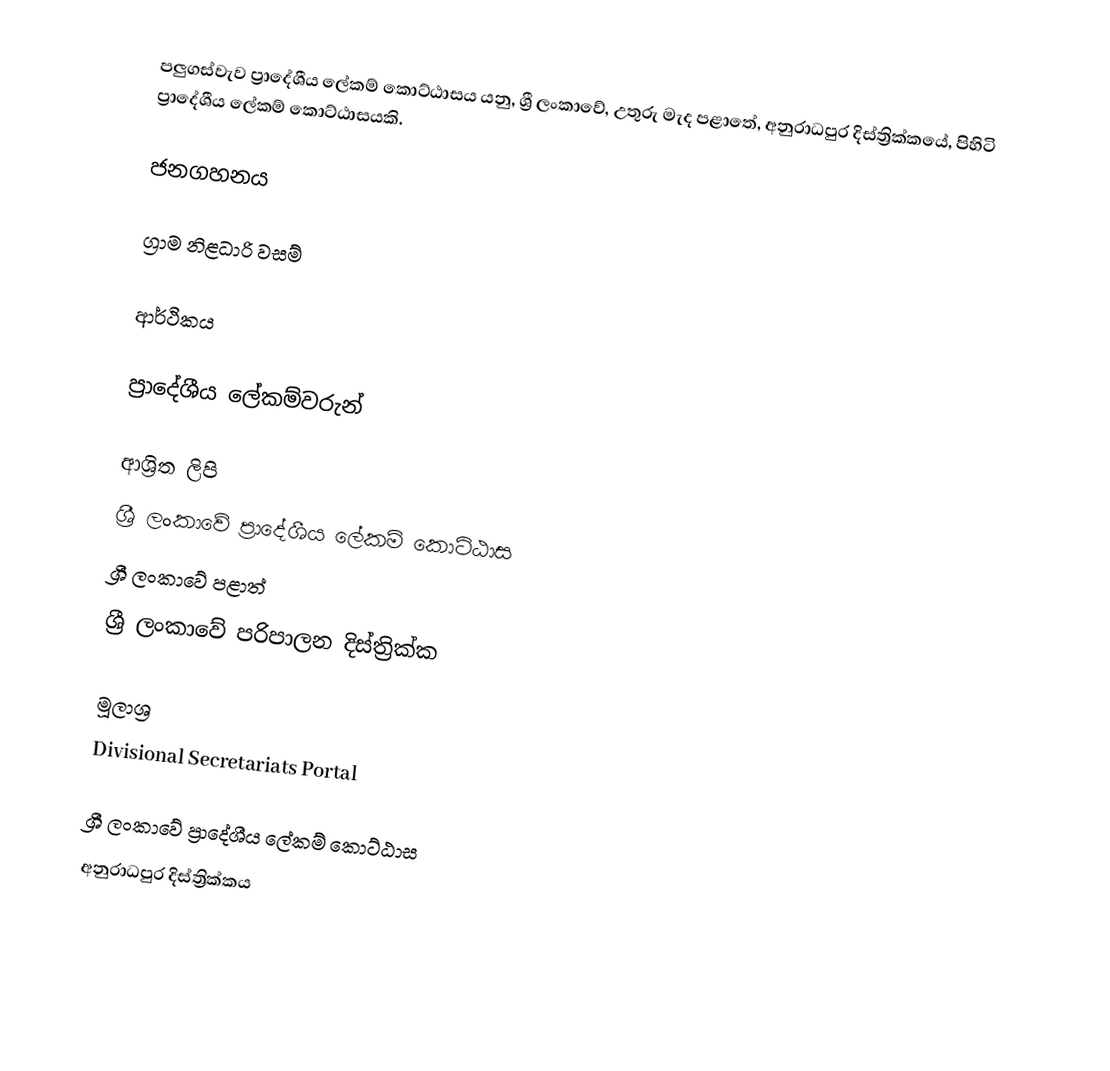
පලුගස්වැව ප්‍රාදේශීය ලේකම් කොට්ඨාසය යනු,  ශ්‍රී ලංකාවේ,  උතුරු මැද පළාතේ,   අනුරාධපුර දිස්ත්‍රික්කයේ, පිහිටි ප්‍රාදේශීය ලේකම් කොට්ඨාසයකි.

ජනගහනය

ග්‍රාම නිළධාරි වසම්

ආර්ථිකය

ප්‍රාදේශීය ලේකම්වරුන්

ආශ්‍රිත ලිපි
ශ්‍රී ලංකාවේ ප්‍රාදේශීය ලේකම් කොට්ඨාස
ශ්‍රී ලංකාවේ පළාත්
ශ්‍රී ලංකාවේ පරිපාලන දිස්ත්‍රික්ක

මූලාශ්‍ර
 Divisional Secretariats Portal

ශ්‍රී ලංකාවේ ප්‍රාදේශීය ලේකම් කොට්ඨාස
අනුරාධපුර දිස්ත්‍රික්කය